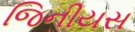
જિનીયસ